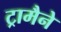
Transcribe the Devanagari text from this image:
ट्रामैने